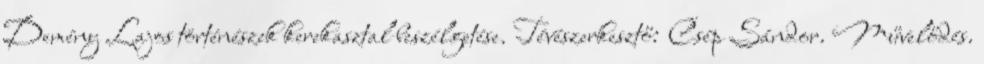
Demény Lajos történészek kerekasztal beszélgetése. Tévészerkesztő: Csép Sándor. Művelődés.